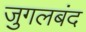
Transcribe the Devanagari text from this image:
जुगलबंद